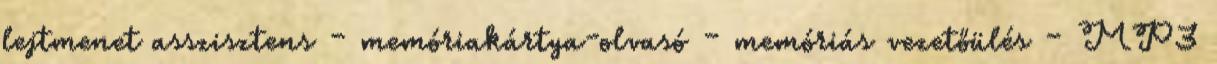
lejtmenet asszisztens – memóriakártya-olvasó – memóriás vezetőülés – MP3